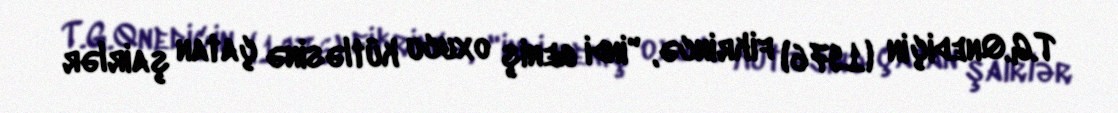
T.G.Qnediçin (1976) fikrincə, "indi geniş oxucu kütləsinə çatan şairlər